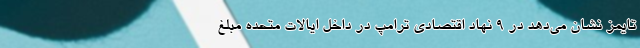
تایمز نشان می‌دهد در 9 نهاد اقتصادی ترامپ در داخل ایالات متحده مبلغ